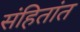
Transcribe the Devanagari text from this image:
संहितांत